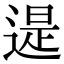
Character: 遈